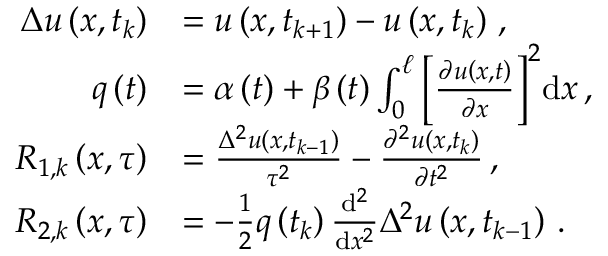
\begin{array} { r l } { { \Delta } u \left( x , { t } _ { k } \right) } & { = u \left( x , { t } _ { k + 1 } \right) - u \left( x , { t } _ { k } \right) \, , } \\ { q \left( t \right) } & { = \alpha \left( t \right) + \beta \left( t \right) \int _ { 0 } ^ { \ell } { \left[ \frac { \partial u \left( x , t \right) } { \partial x } \right] } ^ { 2 } \mathrm { d } x \, , } \\ { { R } _ { 1 , k } \left( x , \tau \right) } & { = \frac { { \Delta } ^ { 2 } u \left( x , { t } _ { k - 1 } \right) } { { \tau } ^ { 2 } } - \frac { { \partial } ^ { 2 } u \left( x , { t } _ { k } \right) } { \partial { t } ^ { 2 } } \, , } \\ { { R } _ { 2 , k } \left( x , \tau \right) } & { = - \frac { 1 } { 2 } q \left( { t } _ { k } \right) \frac { \mathrm { d } ^ { 2 } } { \mathrm { d } { x } ^ { 2 } } { \Delta } ^ { 2 } u \left( x , { t } _ { k - 1 } \right) \, . } \end{array}